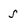
Character: S